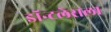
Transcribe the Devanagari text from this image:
डॉन्टलेसला